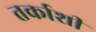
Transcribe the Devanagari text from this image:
तर्काशी